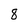
Character: 8